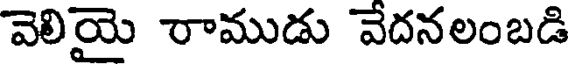
వెలియై రాముడు వేదనలంబడి